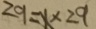
2 9 = x \times 2 9